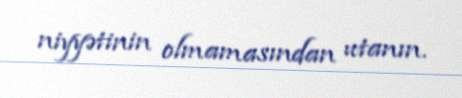
niyyətinin olmamasından utanın.